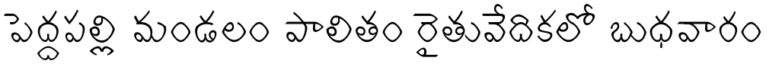
పెద్దపల్లి మండలం పాలితం రైతువేదికలో బుధవారం